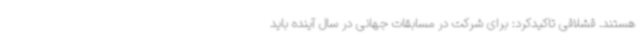
هستند. قشلاقی تاکیدکرد: برای شرکت در مسابقات جهانی در سال آینده باید